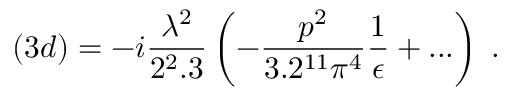
( 3 d ) = - i \frac { \lambda ^ { 2 } } { 2 ^ { 2 } . 3 } \left( - \frac { p ^ { 2 } } { 3 . 2 ^ { 1 1 } \pi ^ { 4 } } \frac { 1 } { \epsilon } + . . . \right) \; .